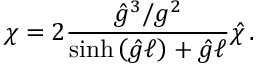
\chi = 2 \frac { { \hat { g } } ^ { 3 } / g ^ { 2 } } { \sinh { \left( { \hat { g } } \ell \right) } + { \hat { g } } \ell } { \hat { \chi } } \, .